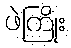
ဖဲကြိုး